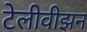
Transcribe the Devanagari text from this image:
टेलीवीझन